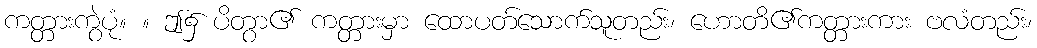
ကတ္တားကွဲပုံ။ ။ ဤ၌ ပိတွာ၏ ကတ္တားမှာ ထောပတ်သောက်သူတည်း၊ ဟောတိ၏ကတ္တားကား ဗလံတည်း၊